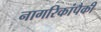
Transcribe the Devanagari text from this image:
नागरिकांपैकी